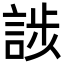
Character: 𮘘